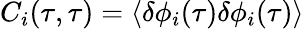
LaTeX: C_{i}(\tau,\tau)=\langle\delta\phi_{i}(\tau)\delta\phi_{i}(\tau)\rangle